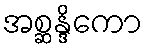
အစ္ဆန္ဒိကော